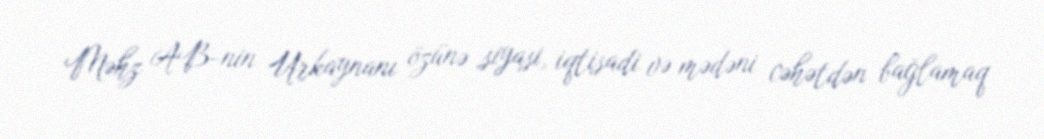
Məhz AB-nin Urkaynanı özünə siyasi, iqtisadi və mədəni cəhətdən bağlamaq